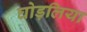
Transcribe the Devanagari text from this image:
घोड़लिया